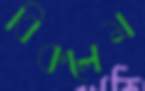
বিকলেম